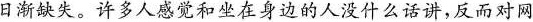
日渐缺失。许多人感觉和坐在身边的人没什么话讲，反而对网